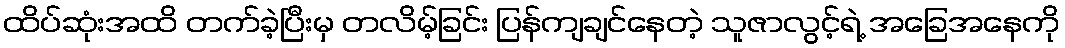
ထိပ်ဆုံးအထိ တက်ခဲ့ပြီးမှ တလိမ့်ခြင်း ပြန်ကျချင်နေတဲ့ သူဇာလွင့်ရဲ့ အခြေအနေကို